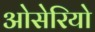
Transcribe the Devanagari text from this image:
ओसेरियो